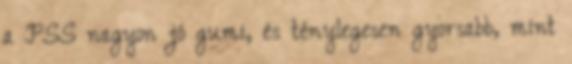
a PSS nagyon jó gumi, és ténylegesen gyorsabb, mint